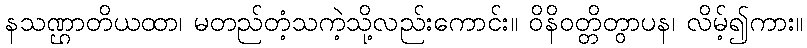
နသဏ္ဌာတိယထာ၊ မတည်တံ့သကဲ့သို့လည်းကောင်း။ ဝိနိဝတ္တိတွာပန၊ လိမ့်၍ကား။